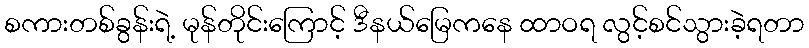
စကားတစ်ခွန်းရဲ့ မုန်တိုင်းကြောင့် ဒီနယ်မြေကနေ ထာဝရ လွင့်စင်သွားခဲ့ရတာ